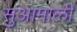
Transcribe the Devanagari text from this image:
सुआमाली